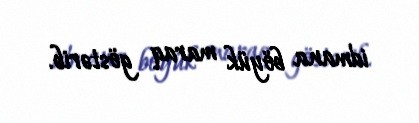
idmana böyük maraq göstərib.